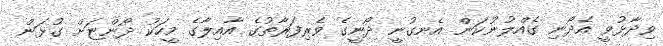
ވިދާޅުވީ އެދޯނި ގެއްލުނުކަން އެނގުނީ ދޯނީގެ ވެރިފަރާތުގެ އާއިލާގެ މީހަކު ދޯންޏަށް ގުޅަން